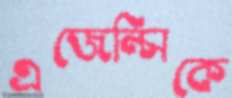
এজেন্সিকে